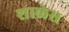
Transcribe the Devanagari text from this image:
शाळेस